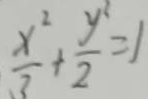
\frac { x ^ { 2 } } { 3 } + \frac { y ^ { 2 } } { 2 } = 1